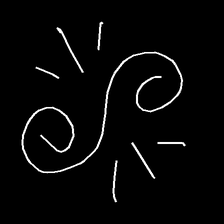
Glyph: wind-directs-air